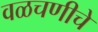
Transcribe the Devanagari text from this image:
वळचणीचे